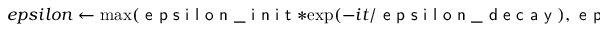
e p s i l o n \leftarrow \operatorname* { m a x } ( \textsf { e p s i l o n \_ i n i t } * \exp ( - i t / \textsf { e p s i l o n \_ d e c a y } ) , \textsf { e p s i l o n \_ f l o o r } )